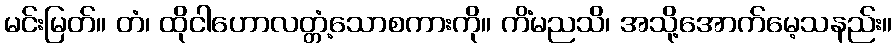
မင်းမြတ်။ တံ၊ ထိုငါဟောလတ္တံ့သောစကားကို။ ကိံမညသိ၊ အသို့အောက်မေ့သနည်း။